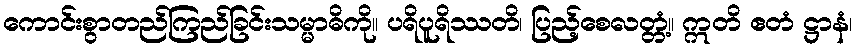
ကောင်းစွာတည်ကြည်ခြင်းသမ္မာဓိကို။ ပရိပူရိဿတိ၊ ပြည့်စေလတ္တံ့။ ဣတိ ဧတံ ဋ္ဌာနံ၊